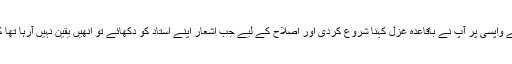
حضرت لعل شہبار کی درگاہ سے واپسی پر آپ نے باقاعدہ غزل کہنا شروع کردی اور اصلاح کے لیے جب اشعار اپنے استاد کو دکھائے تو انھیں یقین نہیں آرہا تھا کہ یہ اشعار بیدلؒ کہہ سکتے ہیں۔